Calcutta medical institutions reports 1879-81 [i.e.91]
Year: 1879
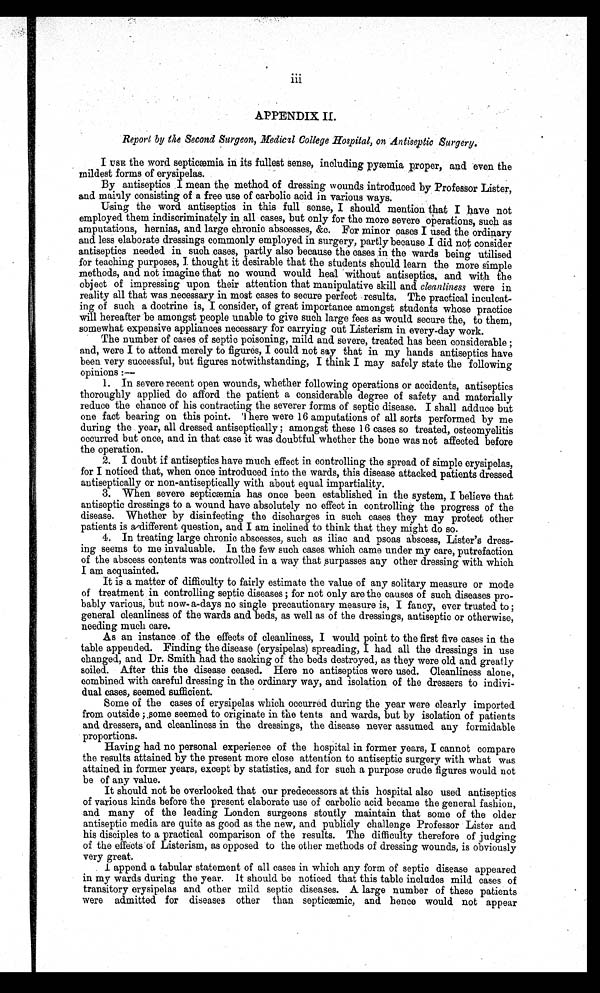
APPENDIX II.
Report by the Second Surgeon, Medical College Hospital, on Antiseptic Surgery.
I USE the word septicæmia in its fullest sense, including pyæmia proper, and even the
mildest forms of erysipelas.
By antiseptics . I mean the method of dressing wounds introduced by Professor Lister,
and mainly consisting of a free use of carbolic acid in various ways.
Using the word antiseptics in this full sense, I should mention that I have not
employed them indiscriminately in all cases, but only for the more severe operations, such as
amputations, hernias, and large chronic abscesses, &c. For minor cases I used the ordinary
and less elaborate dressings commonly employed in surgery, partly because I did not consider
antiseptics needed in such cases, partly also because the cases in the wards being utilised
for teaching purposes, I thought it desirable that the students should learn the more simple
methods, and not imagine that no wound would heal without antiseptics, and with the
object of impressing upon their attention that manipulative skill and cleanliness were in
reality all that was necessary in most cases to secure perfect results. The practical inculcat
-
ing of such a doctrine is, I consider, of great importance amongst students whose practice
will hereafter be amongst people unable to give such large fees as would secure the, to them,
somewhat expensive appliances necessary for carrying out Listerism in every-day work.
The number of cases of septic poisoning, mild and severe, treated has been considerable ;
and, were I to attend merely to figures, I could not say that in my hands antiseptics have
been very successful, but figures notwithstanding, I think I may safely state the following
opinions :—
1. In severe recent open wounds, whether following operations or accidents, antiseptics
thoroughly applied do afford the patient a considerable degree of safety and materially
reduce the chance of his contracting the severer forms of septic disease. I shall adduce but
one fact bearing on this point. There were 16 amputations of all sorts performed by me
during the year, all dressed antiseptically ; amongst these 16 cases so treated, osteomyelitis
occurred but once, and in that case it was doubtful whether the bone was not affected before
the operation.
2. I doubt if antiseptics have much effect in controlling the spread of simple erysipelas,
for I noticed that, when once introduced into the wards, this disease attacked patients dressed
antiseptically or non-antiseptically with about equal impartiality.
3. When severe septicæmia has once been established in the system, I believe that
antiseptic dressings to a wound have absolutely no effect in controlling the progress of the
disease. Whether by disinfecting the discharges in such cases they may protect other
patients is a different question, and I am inclined to think that they might do so.
4. In treating large chronic abscesses, such as iliac and psoas abscess, Lister's dress
-
ing seems to me invaluable. In the few such cases which came under my care, putrefaction
of the abscess contents was controlled in a way that surpasses any other dressing with which
I am acquainted.
It is a matter of difficulty to fairly estimate the value of any solitary measure or mode
of treatment in controlling septic diseases ; for not only are the causes of such diseases pro
-
bably various, but now- a-days no single precautionary measure is, I fancy, ever trusted to ;
general cleanliness of the wards and beds, as well as of the dressings, antiseptic or otherwise,
needing much care.
As an instance of the effects of cleanliness, I would point to the first five cases in the
table appended. Finding the disease (erysipelas) spreading, I had all the dressings in use
changed, and Dr. Smith had the sacking of the beds destroyed, as they were old and greatly
soiled. After this the disease ceased. Here no antiseptics were used. Cleanliness alone,
combined with careful dressing in the ordinary way, and isolation of the dressers to indivi
-
dual cases, seemed sufficient.
Some of the cases of erysipelas which occurred during the year were clearly imported
from outside ; some seemed to originate in the tents and wards, but by isolation of patients
and dressers, and cleanliness in the dressings, the disease never assumed any formidable
proportions.
Having had no personal experience of the hospital in former years, I cannot compare
the results attained by the present more close attention to antiseptic surgery with what was
attained in former years, except by statistics, and for such a purpose crude figures would not
be of any value.
It should not be overlooked that our predecessors at this hospital also used antiseptics
of various kinds before the present elaborate use of carbolic acid became the general fashion,
and many of the leading London surgeons stoutly maintain that some of the older
antiseptic media are quite as good as the new, and publicly challenge Professor Lister and
his disciples to a practical comparison of the results. The difficulty therefore of judging
of the effects of Listerism, as opposed to the other methods of dressing wounds, is obviously
very great.
I append a tabular statement of all cases in which any form of septic disease appeared
in my wards during the year. It should be noticed that this table includes mild cases of
transitory erysipelas and other mild septic diseases. A large number of these patients
were admitted for diseases other than septicæmic, and hence would not appear